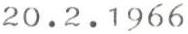
20.2.1966